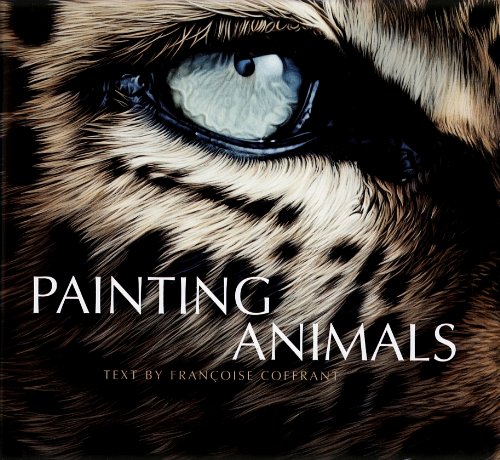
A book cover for Painting Animals; Christophe Drochon; Arts & Photography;